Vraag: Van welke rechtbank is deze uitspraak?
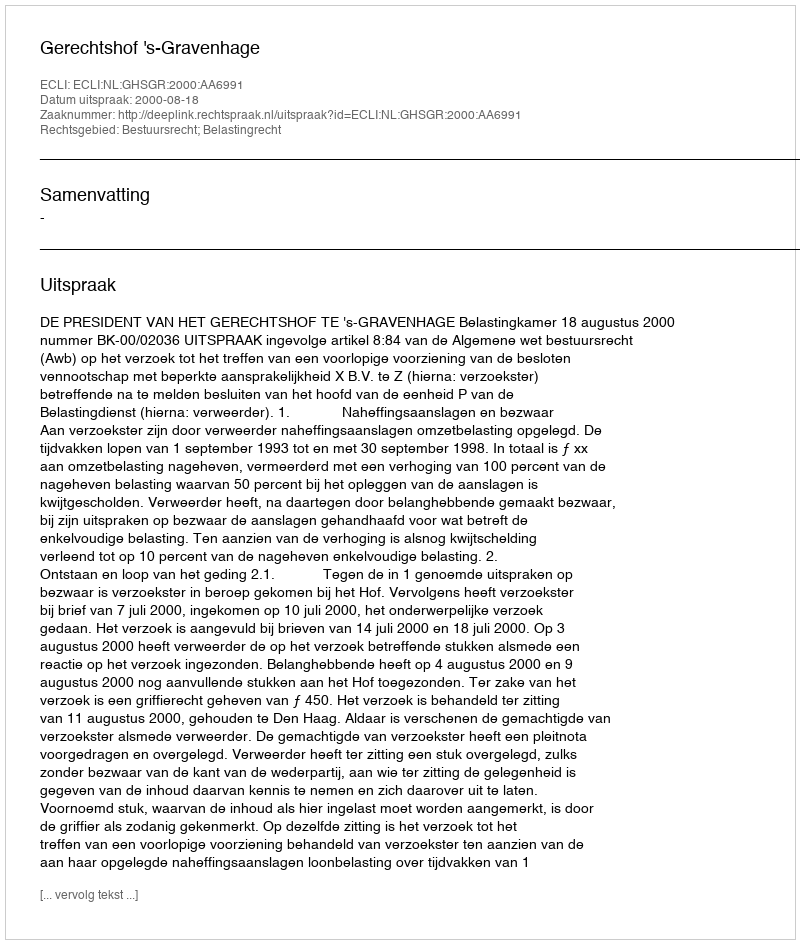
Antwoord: Gerechtshof 's-Gravenhage